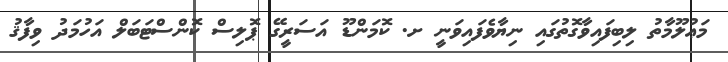
މަޢުލޫމާތު ލިބިފައިވާގޮތުގައި ނިޔާވެފައިވަނީ ށ. ކޮމަންޑޫ އަސަރީގޭ ޕޮލިސް ކޮންސްޓަބަލް އަހުމަދު ވިފާޤު